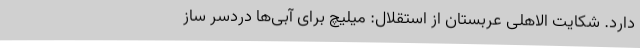
دارد. شکایت الاهلی عربستان از استقلال: میلیچ برای آبی‌ها دردسر ساز